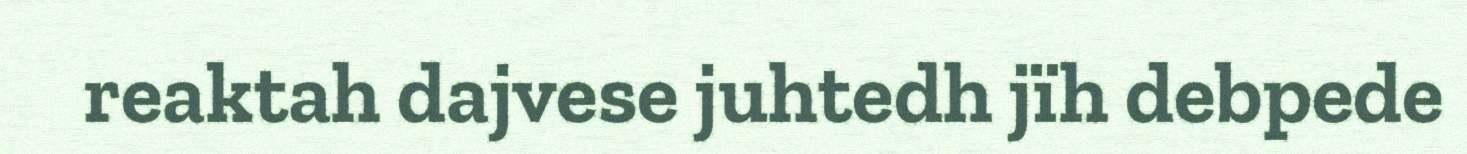
reaktah dajvese juhtedh jïh debpede